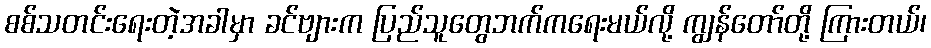
စစ်သတင်းရေးတဲ့အခါမှာ ခင်ဗျားက ပြည်သူတွေဘက်ကရေးမယ်လို့ ကျွန်တော်တို့ ကြားတယ်၊